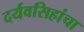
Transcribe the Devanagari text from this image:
दर्यवसिहांचा